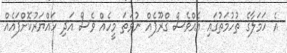
އެ ހަމަލާގެ ތުހުމަތުގައި އެއްވެސް ގްރޫޕެއް ނުވަތަ މީހެއް ވެސް އަދި ހައްޔަރުކޮށްފައެއް